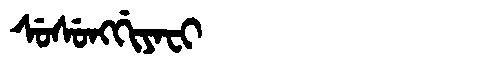
Manchu: ᠰᡠᠰᡠᠩᡤᡳᠶᠠᠸᡳ
Romanization: SUSUNGGIYAFI